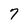
Character: 7